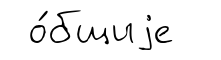
о́бщиjе